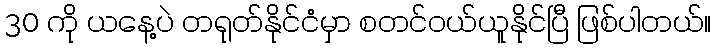
30 ကို ယနေ့ပဲ တရုတ်နိုင်ငံမှာ စတင်ဝယ်ယူနိုင်ပြီ ဖြစ်ပါတယ်။